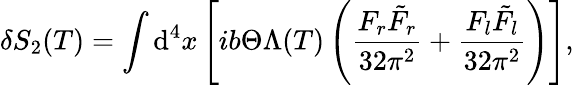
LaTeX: \delta S_{2}(T)=\int\mathrm{d}^{4}x\left[ib\Theta\Lambda(T)\left(\frac{F_{r}\tilde{F}_{r}}{32\pi^{2}}+\frac{F_{l}\tilde{F}_{l}}{32\pi^{2}}\right)\right],